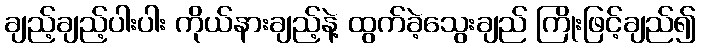
ချည့်ချည့်ပါးပါး ကိုယ်နားချည့်နဲ့ ထွက်ခဲ့သွေးချည် ကြိုးဖြင့်ချည်၍